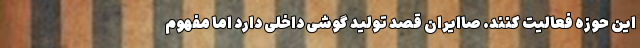
این حوزه فعالیت کنند. صاایران قصد تولید گوشی داخلی دارد اما مفهوم